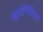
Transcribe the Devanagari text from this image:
सुलिपिकों